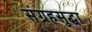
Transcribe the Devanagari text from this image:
संग्रहसुद्धा